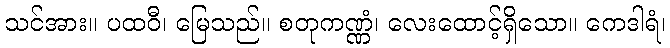
သင်အား။ ပထဝီ၊ မြေသည်။ စတုကဏ္ဏံ၊ လေးထောင့်ရှိသော။ ကေဒါရံ၊